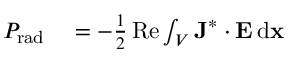
\begin{array} { r l } { P _ { \mathrm { r a d } } } & { { } = - \frac { 1 } { 2 } \operatorname { R e } \int _ { V } \mathbf { J } ^ { * } \cdot \mathbf { E } \, \mathrm { d } \mathbf { x } } \end{array}